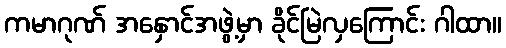
ကမာဂုဏ် အနှောင်အဖွဲ့မှာ ခိုင်မြဲလှကြောင်း ဂါထာ။